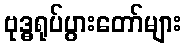
ဗုဒ္ဓရုပ်ပွားတော်များ